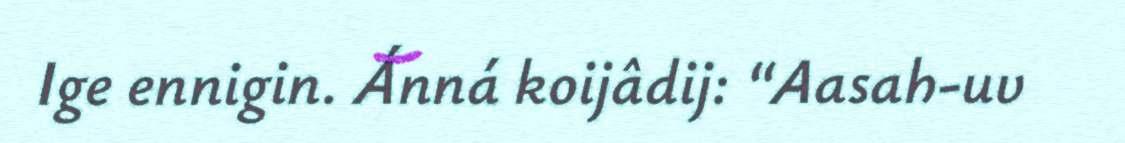
Ige ennigin. Ánná koijâdij: “Aasah-uv